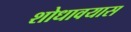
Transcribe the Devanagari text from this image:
शोधावयास